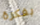
بفكرة